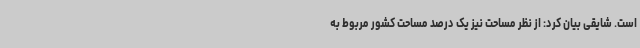
است. شایقی بیان کرد: از نظر مساحت نیز یک درصد مساحت کشور مربوط به